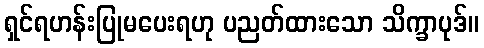
ရှင်ရဟန်းပြုမပေးရဟု ပညတ်ထားသော သိက္ခာပုဒ်။